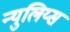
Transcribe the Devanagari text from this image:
न्युलिय्स